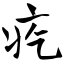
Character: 疙